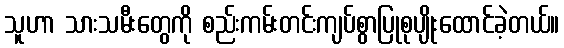
သူဟာ သားသမီးတွေကို စည်းကမ်းတင်းကျပ်စွာပြုစုပျိုးထောင်ခဲ့တယ်။